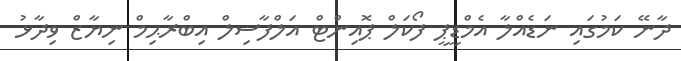
ދާނޭ ކަމުގައި ނަޑެއްލާ އެމްޑީޕީ ފޯކަލް ޕޮއިންޓް އަލްފާޟިލް އިބްރާޙިމް ނިޔާޒް ވިދާޅު